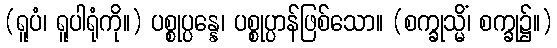
(ရူပံ၊ ရူပါရုံကို။) ပစ္စုပ္ပန္နေ၊ ပစ္စုပ္ပာန်ဖြစ်သော။ (စက္ခုသ္မိံ၊ စက္ခု၌။)